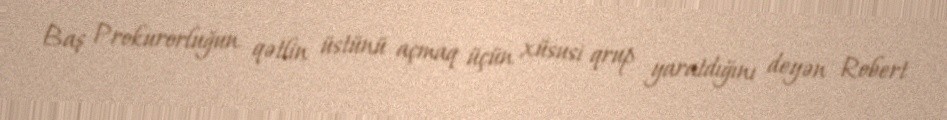
Baş Prokurorluğun qətlin üstünü açmaq üçün xüsusi qrup yaratdığını deyən Robert